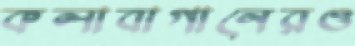
কলাবাগানেরও